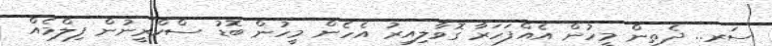
ސަރ.. ދެތިން މީހުން އެއްފަހަރާ ގޮވާލިއިރު އެހެން މީހުން ބޮޑު ސްކްރީނުން ފިލްމެއް